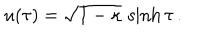
LaTeX: u ( \tau ) = \sqrt { 1 - \kappa } \, \sinh \tau \, .